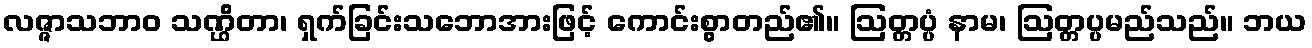
လဇ္ဇာသဘာဝ သဏ္ဌိတာ၊ ရှက်ခြင်းသဘောအားဖြင့် ကောင်းစွာတည်၏။ ဩတ္တပ္ပံ နာမ၊ ဩတ္တပ္ပမည်သည်။ ဘယ